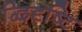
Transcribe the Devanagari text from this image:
द्विदृष्टि